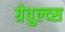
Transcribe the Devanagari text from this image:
ग्रेवुल्व्स